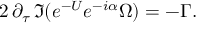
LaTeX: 2 \, \partial _ { \tau } \, \Im ( e ^ { - U } e ^ { - i \alpha } \Omega ) = - \Gamma .